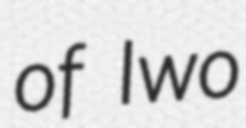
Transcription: of Iwo